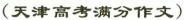
(天津高考满分作文)